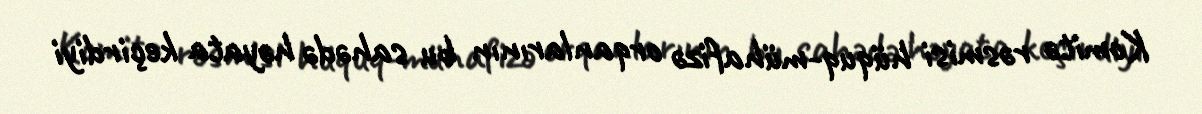
Komitə rəsmisi hüquq-mühafizə orqanlarının bu sahədə həyata keçirdiyi